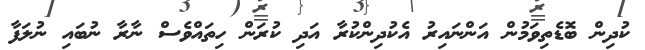
ކުދިން ބޮޑެތިވަމުން އަންނައިރު އެކުދިންކުރާ އަދި ކުރަން ހިތައްވެސް ނާރާ ނުބައި ނުލަފާ